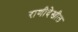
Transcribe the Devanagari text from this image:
राणीदेखील